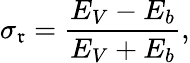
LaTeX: \sigma_{\mathfrak{r}}=\frac{{E_{V}-E_{b}}}{{E_{V}+E_{b}}},